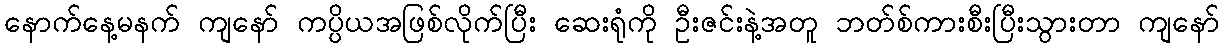
နောက်နေ့မနက် ကျနော် ကပ္ပိယအဖြစ်လိုက်ပြီး ဆေးရုံကို ဦးဇင်းနဲ့အတူ ဘတ်စ်ကားစီးပြီးသွားတာ ကျနော်